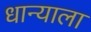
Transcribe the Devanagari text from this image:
धान्याला